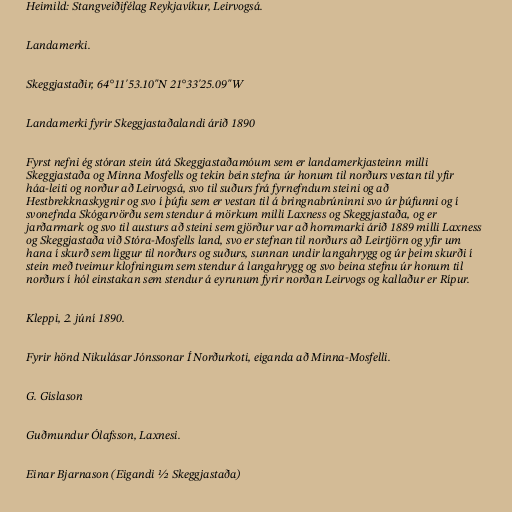
Heimild: Stangveiðifélag Reykjavíkur, Leirvogsá.

Landamerki.

Skeggjastaðir, 64°11'53.10"N 21°33'25.09"W

Landamerki fyrir Skeggjastaðalandi árið 1890

Fyrst nefni ég stóran stein útá Skeggjastaðamóum sem er landamerkjasteinn milli
Skeggjastaða og Minna Mosfells og tekin bein stefna úr honum til norðurs vestan til yfir
háa-leiti og norður að Leirvogsá, svo til suðurs frá fyrnefndum steini og að
Hestbrekknaskygnir og svo í þúfu sem er vestan til á bringnabrúninni svo úr þúfunni og í
svonefnda Skógarvörðu sem stendur á mörkum milli Laxness og Skeggjastaða, og er
jarðarmark og svo til austurs að steini sem gjörður var að hornmarki árið 1889 milli Laxness
og Skeggjastaða við Stóra-Mosfells land, svo er stefnan til norðurs að Leirtjörn og yfir um
hana í skurð sem liggur til norðurs og suðurs, sunnan undir langahrygg og úr þeim skurði í
stein með tveimur klofningum sem stendur á langahrygg og svo beina stefnu úr honum til
norðurs í hól einstakan sem stendur á eyrunum fyrir norðan Leirvogs og kallaður er Rípur.

Kleppi, 2. júní 1890.

Fyrir hönd Nikulásar Jónssonar Í Norðurkoti, eiganda að Minna-Mosfelli.

G. Gíslason

Guðmundur Ólafsson, Laxnesi.

Einar Bjarnason (Eigandi ½ Skeggjastaða)